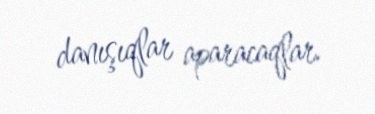
danışıqlar aparacaqlar.